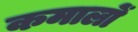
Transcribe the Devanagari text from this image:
कमालों